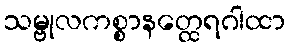
သမ္ဗုလကစ္စာနတ္ထေရဂါထာ